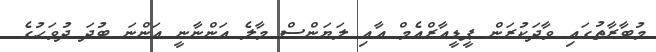
މުބާރާތުގައި ވާދަކުރަން ޕީޑީއާރްއެމް އާއި ލަޔަންސް މާލެ އަންނާނީ އަންނަ ބުދަ ދުވަހުގެ